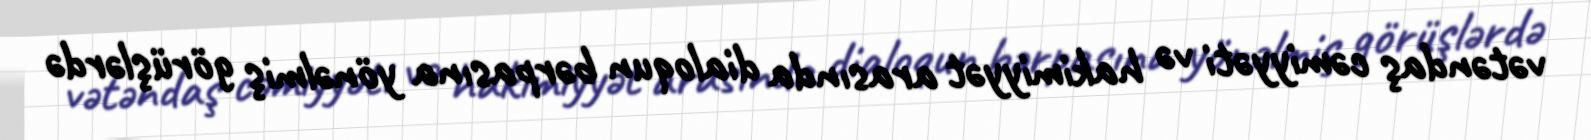
vətəndaş cəmiyyəti və hakimiyyət arasında dialoqun bərpasına yönəlmiş görüşlərdə